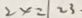
2 x = 2 3